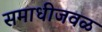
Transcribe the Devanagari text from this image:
समाधीजवळ